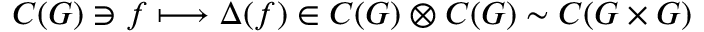
C ( G ) \ni f \longmapsto \Delta ( f ) \in C ( G ) \otimes C ( G ) \sim C ( G \times G )